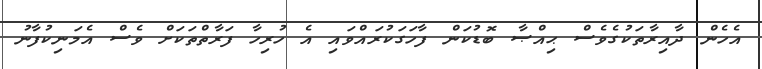
އެހެން ދާއިރާތަކުގެވެސް ޙިއްޞާ ބޮޑުކަން ފާހަގަކުރައްވައި އެ ހުރިހާ ފަރާތްތަކަށް ވެސް އެމަނިކުފާނު